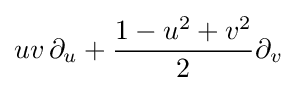
uv\,\partial _{u}+{\frac {1-u^{2}+v^{2}}{2}}\partial _{v}